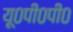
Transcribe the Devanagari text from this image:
यू०पी०पी०